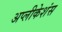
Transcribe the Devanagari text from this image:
अप्लीकेशंस